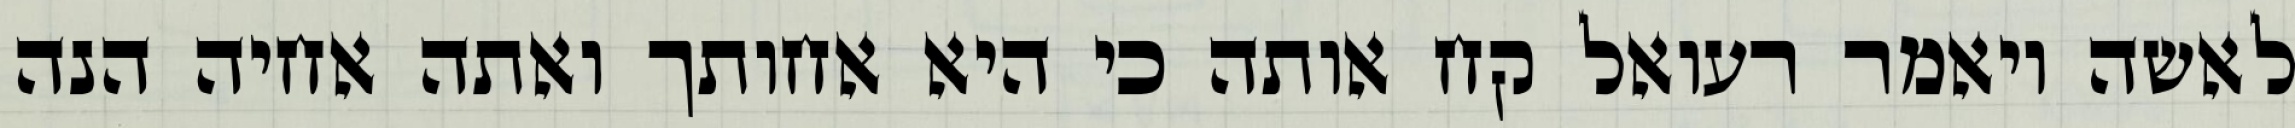
לאשה ויאמר רעואל קח אותה כי היא אחותך ואתה אחיה הנה